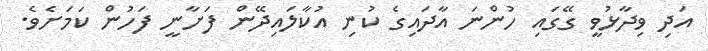
އަދި ވިދާޅުވީ ގޭގައި ހުންނަ އާދައިގެ ކުނި އުކާލައިދޭން ފަށާނީ ފަހުން ކަމަށެވެ.